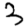
Digit: 3